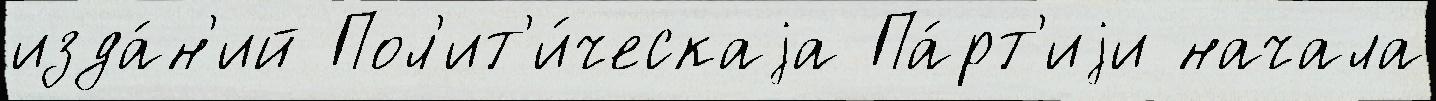
изда́н'ий Пол'ит'и́ческаjа Па́рт'иjи начала